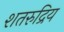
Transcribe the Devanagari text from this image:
शतरुद्रिय